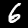
Label: 6